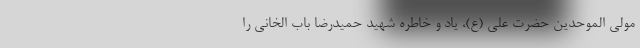
مولی الموحدین حضرت علی (ع)، یاد و خاطره شهید حمیدرضا باب الخانی را